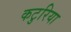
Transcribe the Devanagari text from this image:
कटुरिया